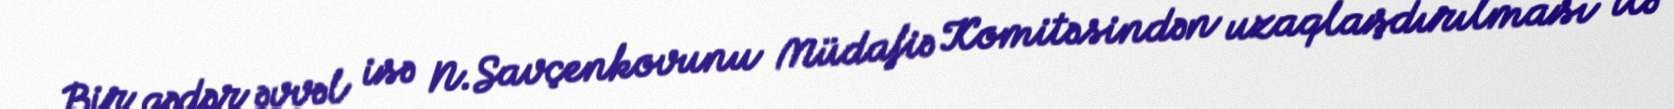
Bir qədər əvvəl isə N.Savçenkovunu Müdafiə Komitəsindən uzaqlaşdırılması ilə